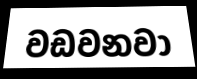
වඩවනවා